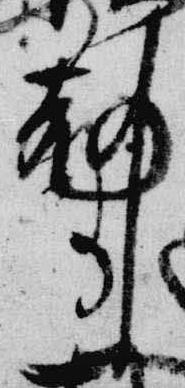
刻